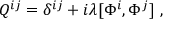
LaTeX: Q ^ { i j } = \delta ^ { i j } + i \lambda [ \Phi ^ { i } , \Phi ^ { j } ] \ ,